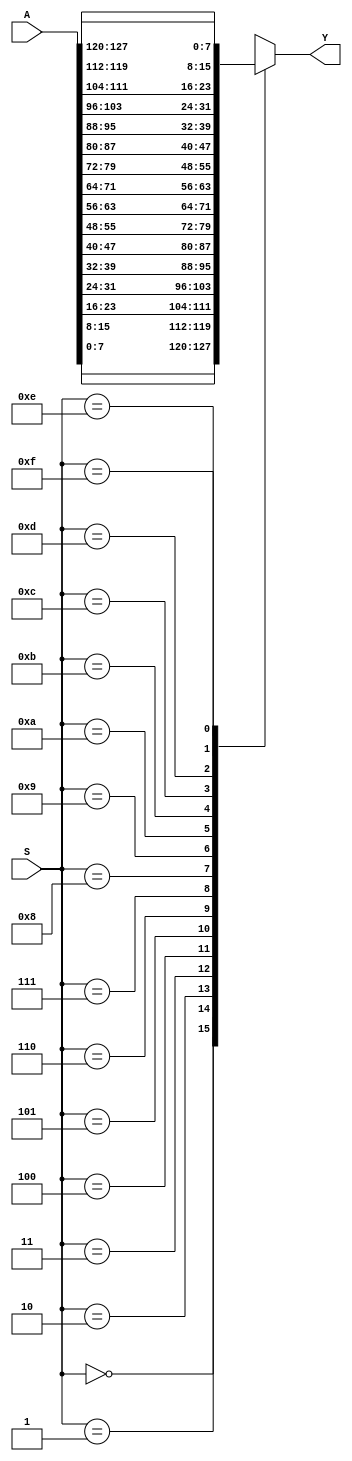
`timescale 1ns / 1ps
//////////////////////////////////////////////////////////////////////////////////
// Company: 
// Engineer: 
// 
// Design Name: 
// Module Name: mux_g
// Project Name: 
// Target Devices: 
// Tool Versions: 
// Description: 
// 
// Dependencies: 
// 
// Revision:
// Revision 0.01 - File Created
// Additional Comments:
// 
//////////////////////////////////////////////////////////////////////////////////


module mux_g #(parameter In_d_W=16*8, S_W=4)( //Over here, this mux works like, I have 128 bit as I/P and I need 8 bit O/P. So, 128/8=16
//Therefore, S=4 as 2^4=16 
input [In_d_W-1:0] A, 
input [S_W-1:0] S,
output [(In_d_W/(2**S_W))-1:0] Y 
);
parameter Out_d_W=In_d_W/(2**S_W);
wire [Out_d_W-1:0] W [0:(2**S_W)-1];
generate
genvar i;
for(i=0; i<(2**S_W); i=i+1)
begin
    assign W[i]=A[ (i*Out_d_W)+Out_d_W-1 : i*Out_d_W ];
end
endgenerate

assign Y=W[S];

endmodule